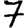
Digit: 7